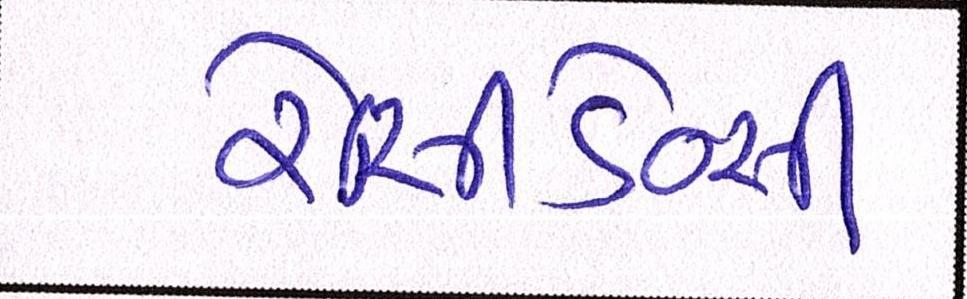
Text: રેસીડેન્સી